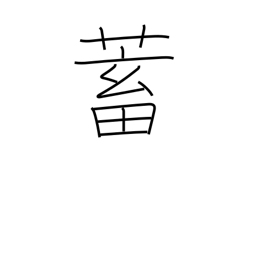
Meaning: store